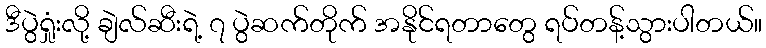
ဒီပွဲရှုံးလို့ ချဲလ်ဆီးရဲ့ ၇ ပွဲဆက်တိုက် အနိုင်ရတာတွေ ရပ်တန့်သွားပါတယ်။